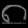
Digit: ၈